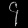
Digit: ၄